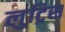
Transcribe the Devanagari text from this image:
लुट्रिस